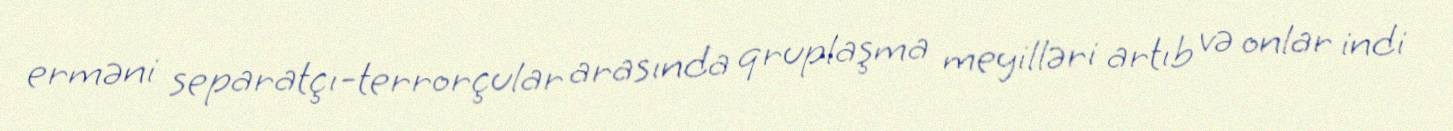
erməni separatçı-terrorçular arasında qruplaşma meyilləri artıb və onlar indi